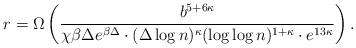
LaTeX: \begin{align*} r= \Omega\left(\frac{b^{5+6\kappa}}{\chi\beta \Delta e^{\beta\Delta} \cdot (\Delta\log n)^{\kappa} (\log\log n)^{1+\kappa} \cdot e^{13\kappa} }\right).\end{align*}